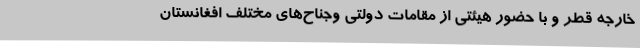
خارجه قطر و با حضور هیئتی از مقامات دولتی وجناح‌های مختلف افغانستان